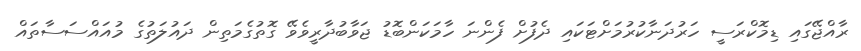
ރާއްޖޭގައި ޑިމޮކްރަސީ ހަރުދަނާކުރުމަށްޓަކައި ދެފުށް ފެންނަ ހާމަކަންބޮޑު ޖަވާބުދާރީވެވޭ ގޮތުގެމަތިން ދައުލަތުގެ މުއައްސަސާތައް